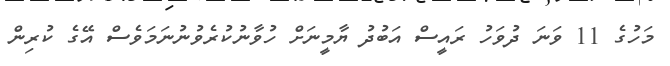
މަހުގެ 11 ވަނަ ދުވަހު ރައީސް އަބުދު ޔާމީނަށް ހުވާނުކުރެވުނުނަމަވެސް އޭގެ ކުރިން